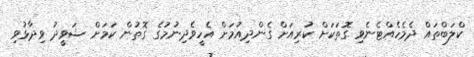
ކްލަބްތައް ދެމެހެއްޓެނެވި ގޮތަކަށް ކުރިއަށް ގެންދިއުމަށް އެހީވެދިނުމުގެ ގޮތުން ކަމަށް ޝަވީދު ވިދާޅުވި